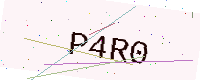
Text: P4R0